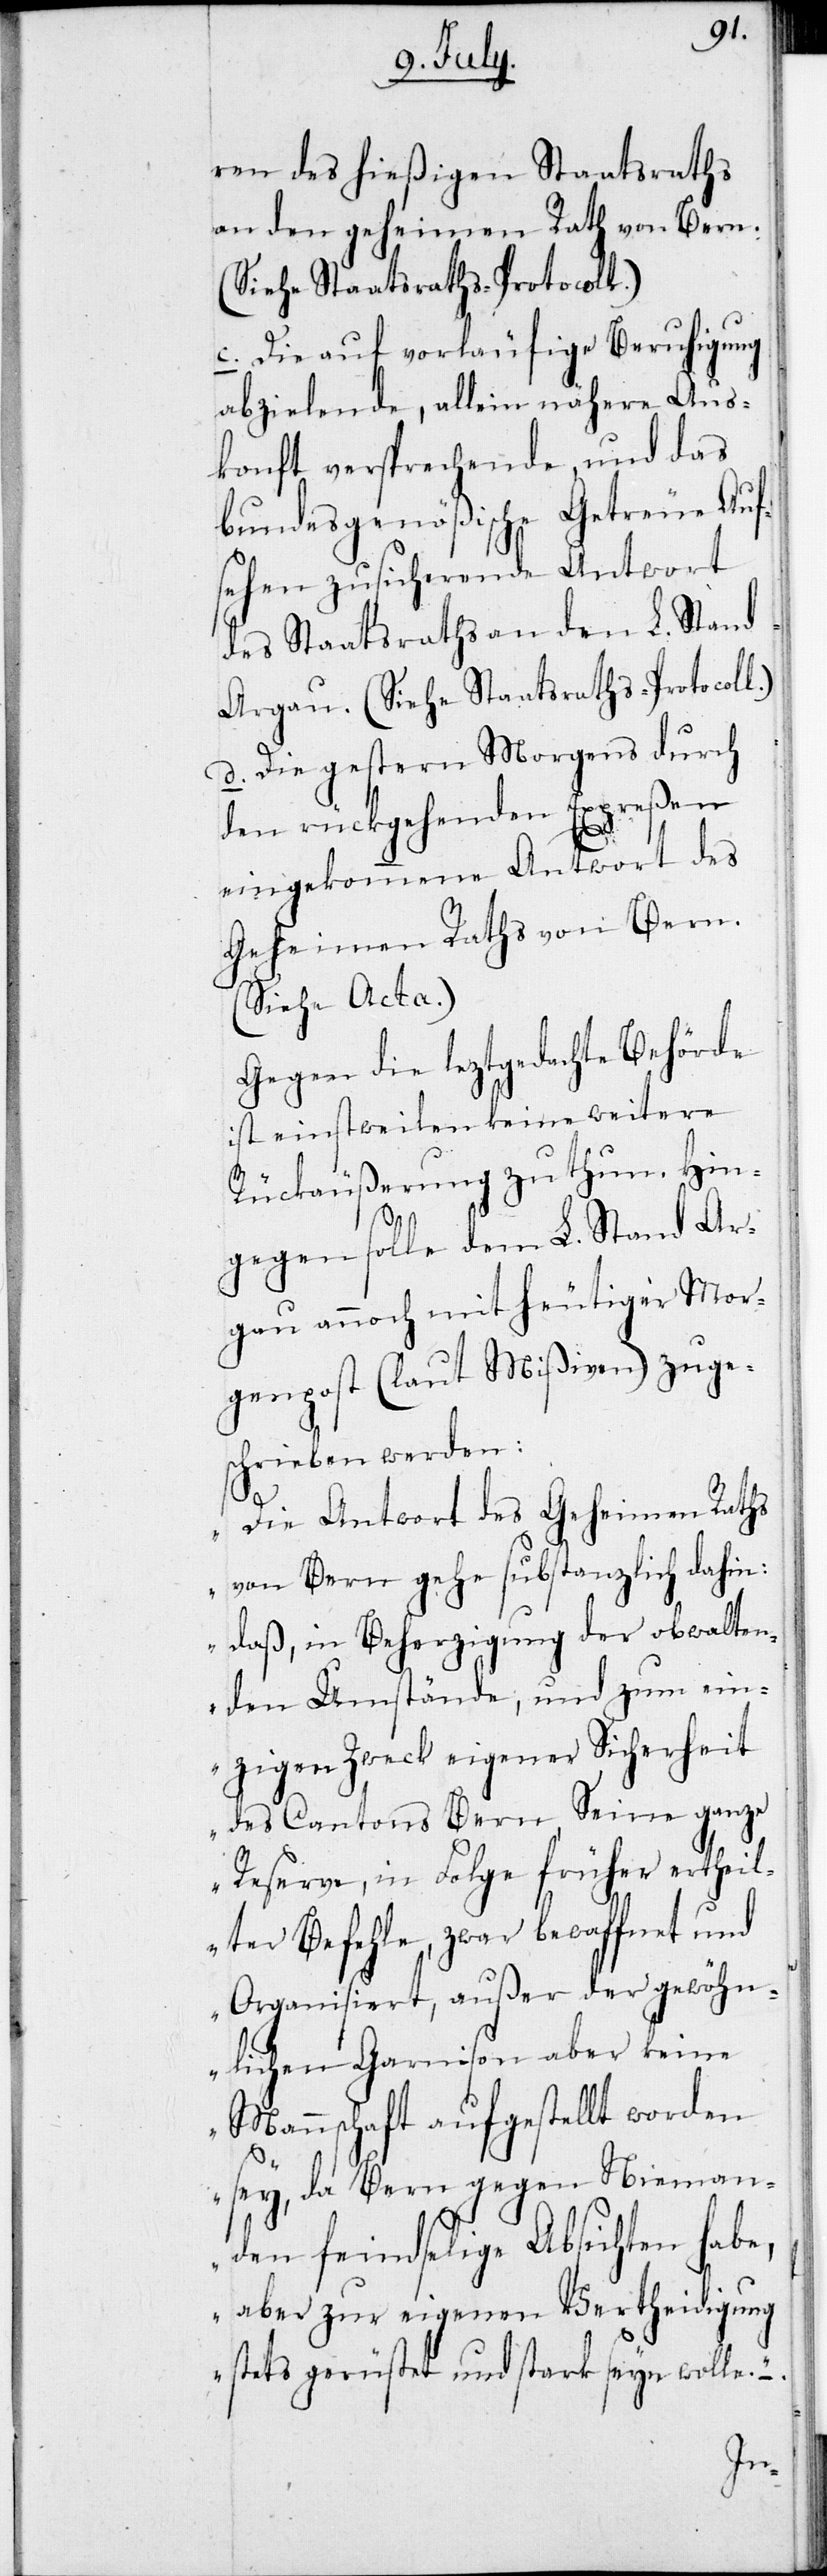
ren des hießigen Staatsraths
an den geheimen Rath von Bern
(Siehe Staatsraths-Protocoll).
c. Die auf vorläufige Beruhigung
abzielende, allein nähere Aus¬
konft versprechende, und das
bundesgenößische Getreue Auf¬
sehen zusicherende Antwort
des Staatsraths an den L. Stand
Argau (Siehe Staatsraths-Protocoll).
d. Die gestern Morgens durch
den rückgehenden Expreßen
eingekommene Antwort des
Geheimen Raths von Bern
(Siehe Acta).
Gegen die leztgedachte Behörde
ist einstweilen keine weitere
Rückäußerung zu thun. Hin¬
gegen solle dem L. Stand Ar¬
gau annoch mit heutiger Mor¬
genpost (laut Mißiven) zuge¬
schrieben werden:
„Die Antwort des geheimen Raths
von Bern gehe substanzlich dahin:
daß, in Beherzigung der obwalten¬
den Umstände, und zum ein¬
zigen Zweck eigener Sicherheit
des Cantons Bern, Seine ganze
Reserve, in Folge früher ertheil¬
ter Befehle, zwar bewaffnet und
Organisiert, außer der gewöhn¬
lichen Garnison aber keine
Mannschaft aufgestellt worden
sey, da Bern gegen Nieman¬
den feindselige Absichten habe,
aber zur eigenen Vertheidigung
stets gerüstet und stark seyn wolle.